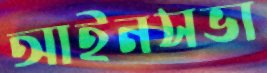
আইনসভা